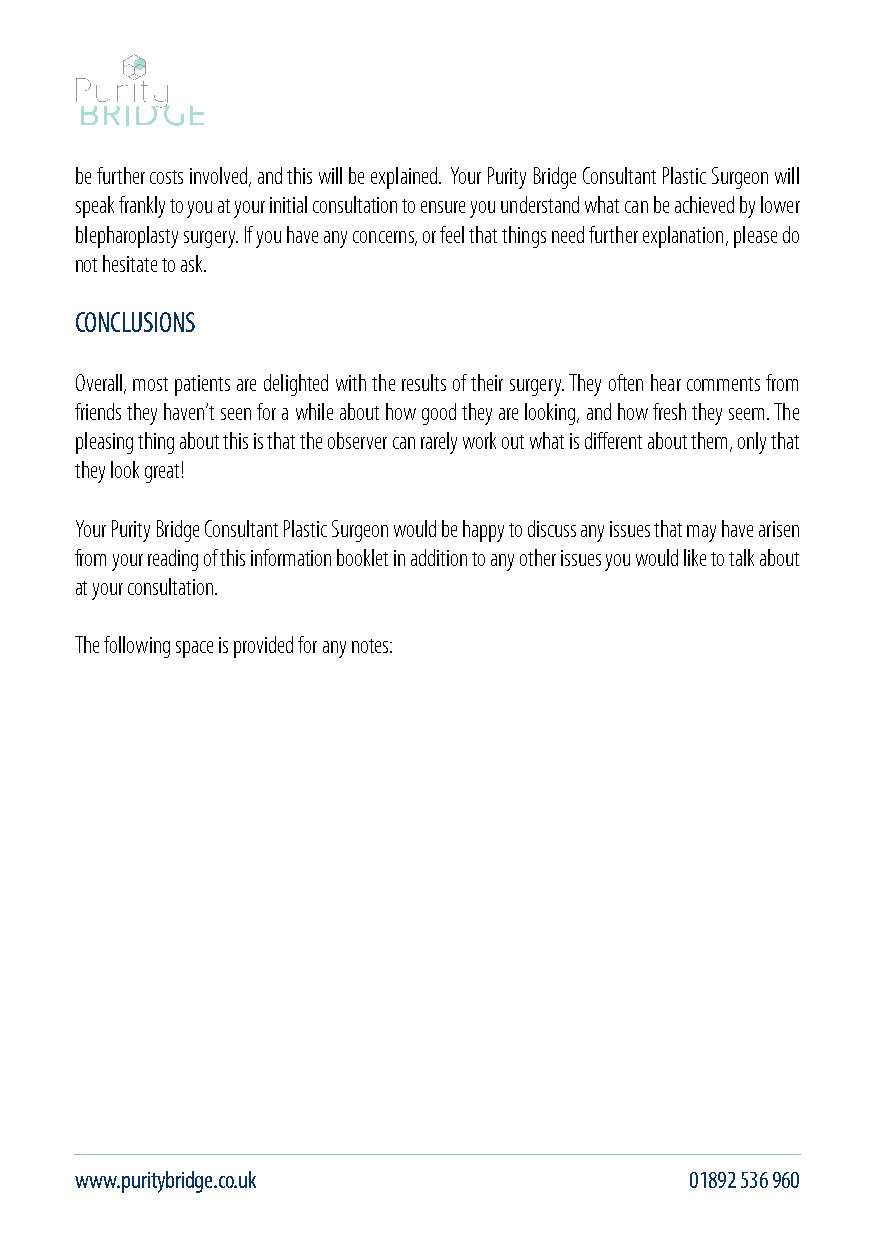
be further costs involved, and this will be explained. Your Purity Bridge Consultant Plastic Surgeon will
 speak frankly to you at your initial consultation to ensure you understand what can be achieved by lower
 blepharoplasty surgery. If you have any concerns, or feel that things need further explanation, please do
 not hesitate to ask.
 CONCLUSIONS
 Overall, most patients are delighted with the results of their surgery. They often hear comments from
 friends they haven’t seen for a while about how good they are looking, and how fresh they seem. The
 pleasing thing about this is that the observer can rarely work out what is different about them, only that
 they look great!
 Your Purity Bridge Consultant Plastic Surgeon would be happy to discuss any issues that may have arisen
 from your reading of this information booklet in addition to any other issues you would like to talk about
 at your consultation.
 The following space is provided for any notes:
 www.puritybridge.co.uk                   01892 536 960                                        info@puritybridge.co.uk